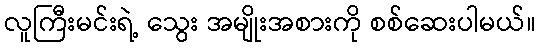
လူကြီးမင်းရဲ့ သွေး အမျိုးအစားကို စစ်ဆေးပါမယ်။